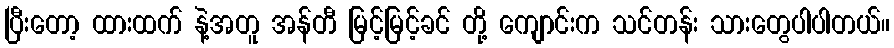
ပြီးတော့ ထားထက် နဲ့အတူ အန်တီ မြင့်မြင့်ခင် တို့ ကျောင်းက သင်တန်း သားတွေပါပါတယ်။